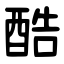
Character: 酷